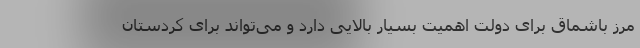
مرز باشماق برای دولت اهمیت بسیار بالایی دارد و می‌تواند برای کردستان